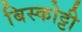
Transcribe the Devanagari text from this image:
बिस्कोट्टी